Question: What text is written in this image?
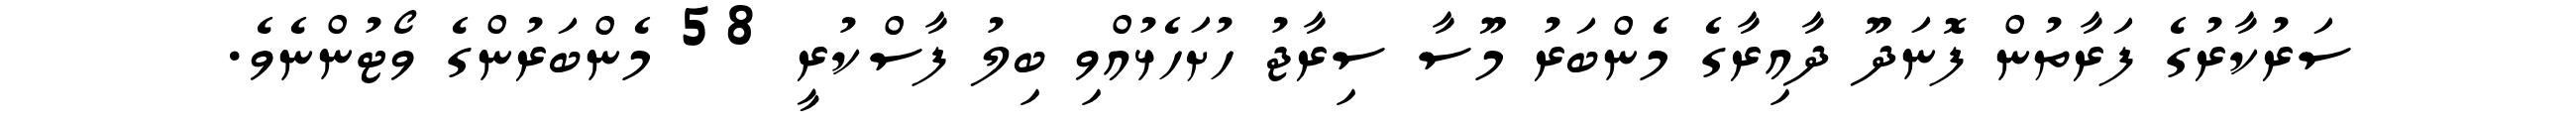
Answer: ސަރުކާރުގެ ފަރާތުން ފޮނަދޫ ދާއިރާގެ މެންބަރު މޫސާ ސިރާޖު ހުށަހެޅުއްވި ބިލު ފާސްކުރީ 58 މެންބަރުންގެ ވޯޓުންނެވެ.